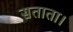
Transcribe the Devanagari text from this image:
सताता।